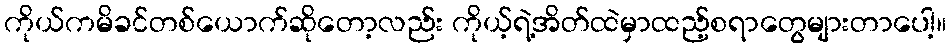
ကိုယ်ကမိခင်တစ်ယောက်ဆိုတော့လည်း ကိုယ့်ရဲ့အိတ်ထဲမှာထည့်စရာတွေများတာပေါ့။